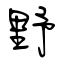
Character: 野